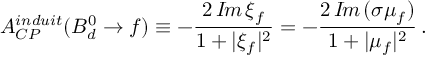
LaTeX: A _ { C P } ^ { i n d u i t } ( B _ { d } ^ { 0 } \to f ) \equiv - \frac { 2 \, { \cal I } \! m \, \xi _ { f } } { 1 + | \xi _ { f } | ^ { 2 } } = - \frac { 2 \, { \cal I } \! m \, ( \sigma \mu _ { f } ) } { 1 + | \mu _ { f } | ^ { 2 } } \, .